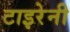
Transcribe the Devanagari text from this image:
टाइरेनी